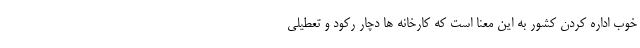
خوب اداره کردن کشور به این معنا است که کارخانه ها دچار رکود و تعطیلی